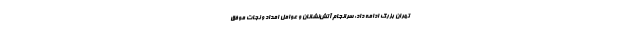
تهران بزرگ ادامه داد: سرانجام آتش‌نشانان و عوامل امداد و نجات موفق